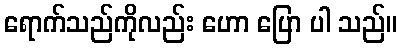
ရောက်သည်ကိုလည်း ဟော ပြော ပါ သည်။